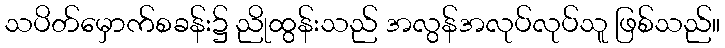
သပိတ်မှောက်စခန်း၌ ညိုထွန်းသည် အလွန်အလုပ်လုပ်သူ ဖြစ်သည်။